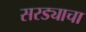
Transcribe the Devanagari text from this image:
सरड्याचा